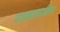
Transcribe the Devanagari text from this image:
नाकाकडील